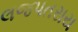
લજપતરાય